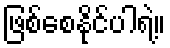
ဖြစ်စေနိုင်ပါရဲ့။